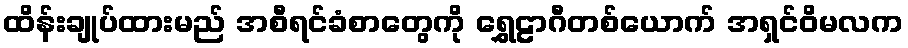
ထိန်းချုပ်ထားမည် အစီရင်ခံစာတွေကို ရွှေဠာဂီတစ်ယောက် အရှင်ဝိမလက